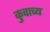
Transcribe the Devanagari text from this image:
कुवाच्य